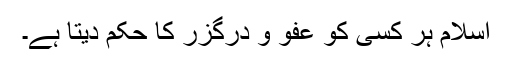
اسلام ہر کسی کو عفو و درگزر کا حکم دیتا ہے۔